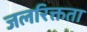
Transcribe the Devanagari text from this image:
जलरिक्तता